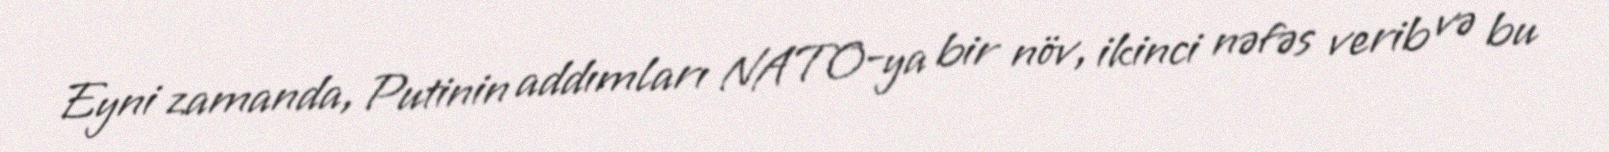
Eyni zamanda, Putinin addımları NATO-ya bir növ, ikinci nəfəs verib və bu